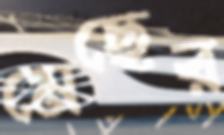
মেছের